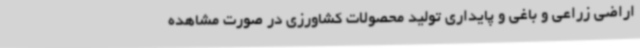
اراضی زراعی و باغی و پایداری تولید محصولات کشاورزی در صورت مشاهده